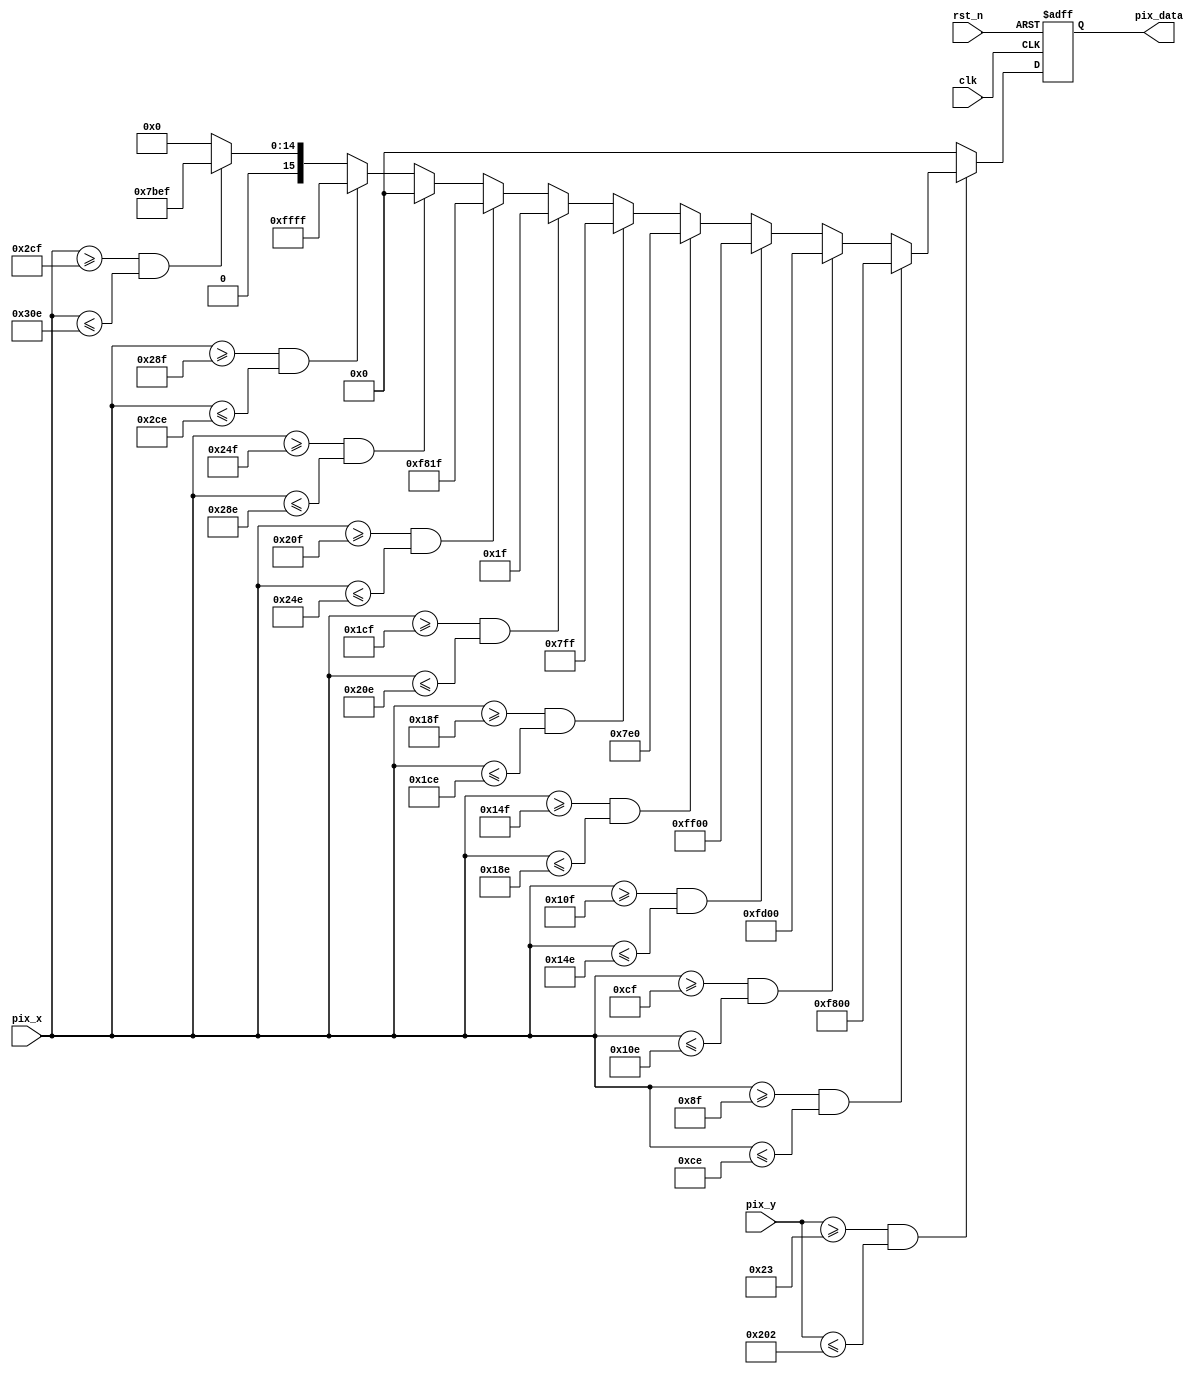
module VGA_Image (
	input clk,
	input rst_n,
	input [9:0] pix_x,
	input [9:0] pix_y,
	output reg [15:0] pix_data
);

	/*output pix_data*/
	always @(posedge clk or negedge rst_n) begin
		if(~rst_n) begin
			pix_data <= 16'd0;
		end else begin
			if(pix_y >= 10'd35 && pix_y <= 10'd514) begin
				if(pix_x >= 10'd143 && pix_x <= 10'd206) begin
					pix_data <= 16'b11111_000000_00000;	//RED
				end else if(pix_x >= 10'd207 && pix_x <= 10'd270) begin
					pix_data <= 16'b11111_101000_00000;	//ORANGE
				end else if(pix_x >= 10'd271 && pix_x <= 10'd334) begin
					pix_data <= 16'b11111_111000_00000;	//YELLOW
				end else if(pix_x >= 10'd335 && pix_x <= 10'd398) begin
					pix_data <= 16'b00000_111111_00000;	//GREEN
				end else if(pix_x >= 10'd399 && pix_x <= 10'd462) begin
					pix_data <= 16'b00000_111111_11111;	//CYAN
				end else if(pix_x >= 10'd463 && pix_x <= 10'd526) begin
					pix_data <= 16'b00000_000000_11111;	//BLUE
				end else if(pix_x >= 10'd527 && pix_x <= 10'd590) begin
					pix_data <= 16'b11111_000000_11111;	//PURPLE
				end else if(pix_x >= 10'd591 && pix_x <= 10'd654) begin
					pix_data <= 16'b00000_000000_00000;	//BLACK
				end else if(pix_x >= 10'd655 && pix_x <= 10'd718) begin
					pix_data <= 16'b11111_111111_11111;	//WHITE
				end else if(pix_x >= 10'd719 && pix_x <= 10'd782) begin
					pix_data <= 16'b01111_011111_01111;	//GRAY
				end else begin
					pix_data <= 16'd0;
				end
			end else begin
				pix_data <= 16'd0;
			end
		end
	end

endmodule